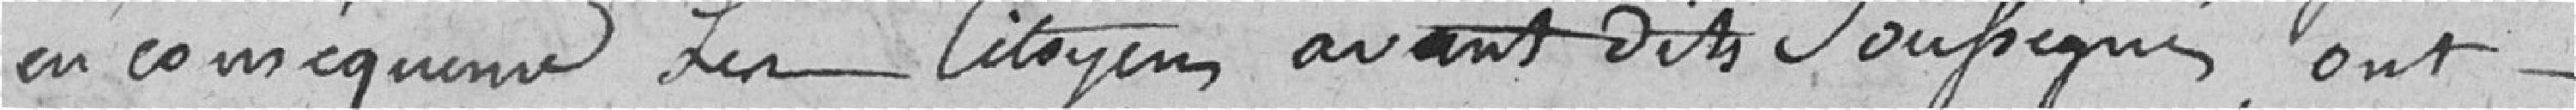
En conséquence, les citoyens avant dits soussignés ont